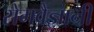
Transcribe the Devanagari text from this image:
रोगवैज्ञानी